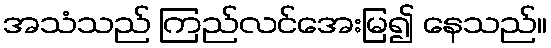
အသံသည် ကြည်လင်အေးမြ၍ နေသည်။